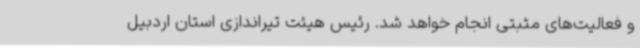
و فعالیت‌های مثبتی انجام خواهد شد. رئیس هیئت تیراندازی استان اردبیل